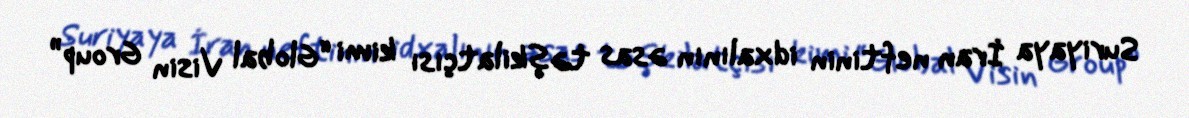
Suriyaya İran neftinin idxalının əsas təşkilatçısı kimi “Global Visin Group”